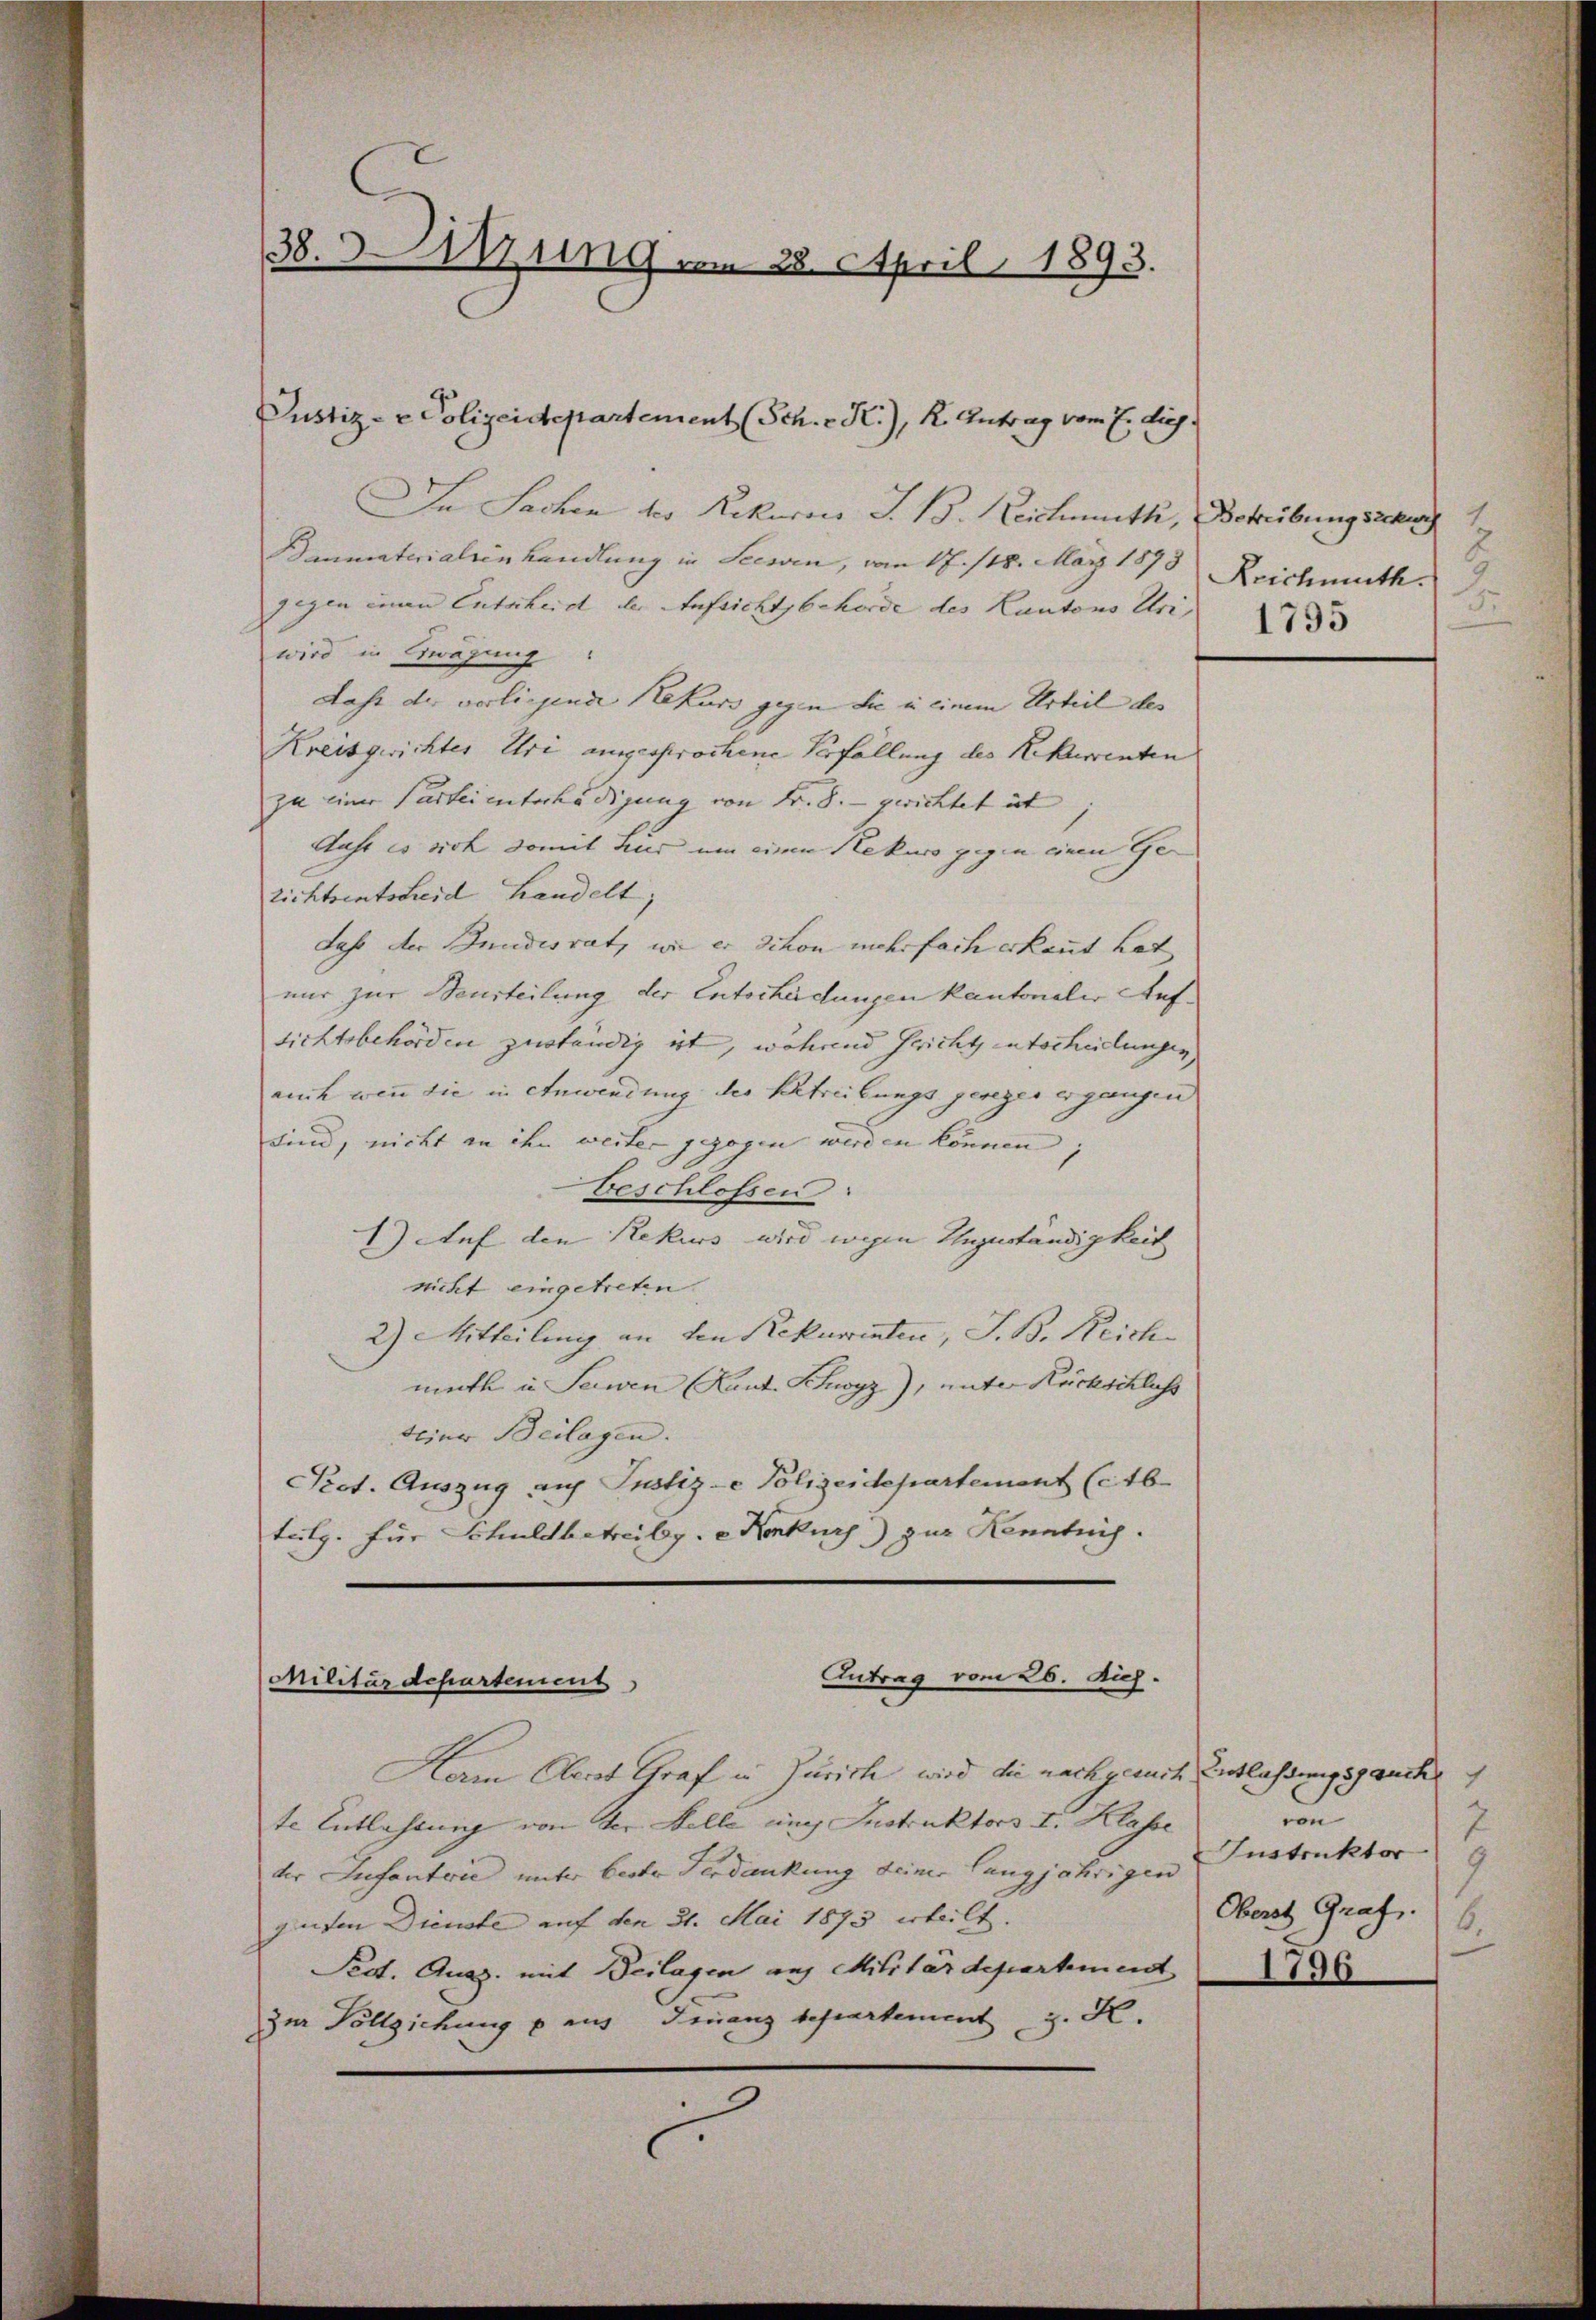
38. Setzung am 28. April 1893.

Justiz- & Polizeidepartement (Sch. - K.), K. Antrag vom 7. Aug.

In Sachen der Rekurses J. B. Reichmuth, Betreibung schung
Baumaterialein Handlung in Seewen, vom 17./18. März 1873
gegen einen Entscheid der Aufsichtsbehörde des Kantons Uni 1833
wird in Erwägung:
Last der vorliegende Rekurs gegen die in einem Urteil des |
Kreisgerichtes Uri ausgesprochene Verfällung des Rekurrenten
zu einer Partei interhädigung von Fr. 8. gerichtet ist |
Aaht es sich damit Zins um einen Rekurs gegen einen Gelichtsentscheid Handelt;
Jahr der Bundesrat, wie er schon mehrfach erkannt hat
nur zur Beurteilung der Entscheidungen kantonaler Aufsichtsbehörden zuständig ist, wohend Gericht entscheilungen,
auch wenn die in Anwendung der Betreibungs gesezes ergangen
sind, nicht in ihn weiter gezogen werden können;
beschlossen:
1) Auf den Rekurs wird wegen Auguständigkeit
nicht eingetreten.
2) Mitteilung an den Rekurrenten, S. B. Reichmuth in Seewen Kant. Schwyz), unter Rückschluß
teier Beilagen.
Pot. Auszug auf Justiz- & Polizeidepartement (Ab
tulg. Für Schuldbetreibg. Konkurs) zur Kenntnis.

Antrag vom 26. Dez.
Militärdepartement

Nam Oberat Graf in Zürich wird die nachgesuch Entlaßungsgancher
te Entlastung von der Felle uns Instruktors I. Klasse
der Infanterie unter bester Verdankung seiner langjährigen
guten Dienste auf den 31. Mai 1873 erteilt.
Pedt. Quas. mit Beilagen auf Militärdepartment 190
zur Vollziehung p aus Finanz Departement z. K.

f
Reichmuth.
.
5

von
7
Instruktor
Oberst Graf.
6.